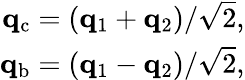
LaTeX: \begin{array}{r}{\mathbf{q}_{\mathrm{c}}=(\mathbf{q}_{1}+\mathbf{q}_{2})/\sqrt{2},}\\ {\mathbf{q}_{\mathrm{b}}=(\mathbf{q}_{1}-\mathbf{q}_{2})/\sqrt{2},}\end{array}